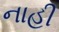
નાહી